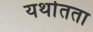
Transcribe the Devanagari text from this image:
यर्थातता